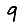
Digit: 9